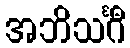
အဘိသင်္ဂီ